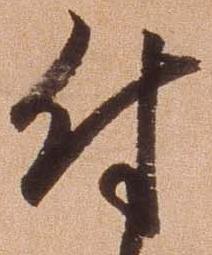
付